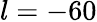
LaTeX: l=-60